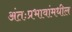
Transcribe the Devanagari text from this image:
अंतःप्रभावांमधील